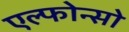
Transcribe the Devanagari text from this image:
एल्फोन्सो